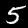
Label: 5